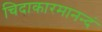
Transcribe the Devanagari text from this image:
चिदाकारमानन्दं